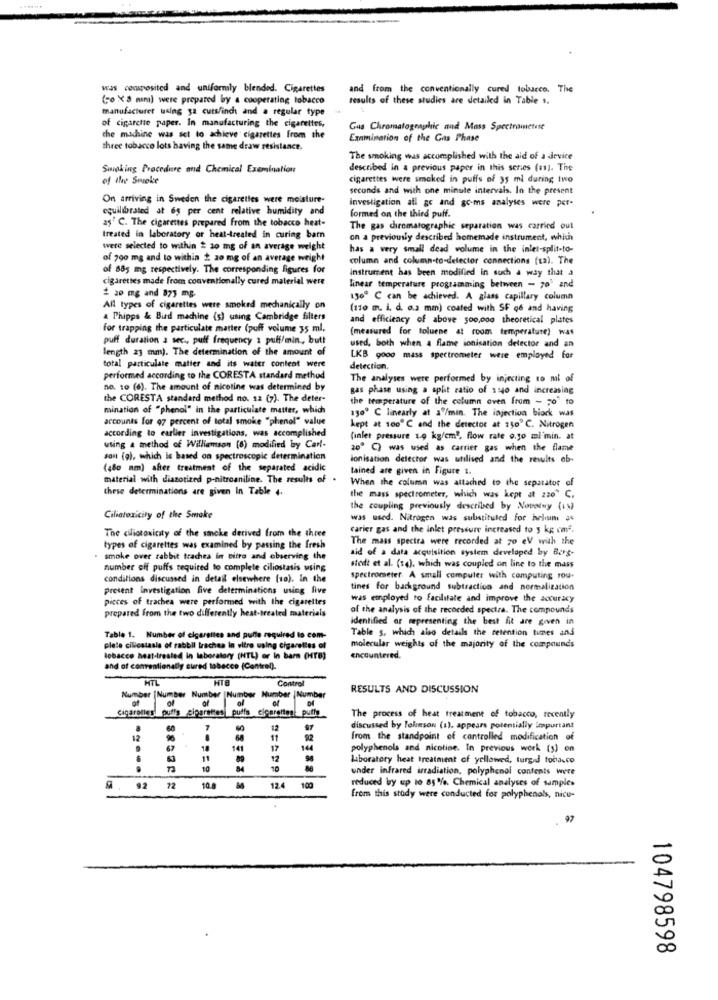
was composited and uniformly blended. Cigarettes
and from the conventionally cured tobacco. The
(0 X8 mm) were prepared by a cooperating tobacco
results of these studies are detailed in Table 1.
manufacturer using ya cutsfinch and a regular type
of cigarette paper. In manufacturing the cigarettes,
Gus Chromatographic and Mass Spectrometett
the machine was set to achieve cigarettes from the
Examination of the Gas Phase
three tobacco lots having the same draw resistance.
The smoking was accomplished with the aid of a device
Sminking Procedure and Chemical Examination
described in a previous paper in this series (81). The
of the Smoke
cigarettes were smoked in puffs of 35 ml during two
seconds and with one minute intervals. In the present
On arriving in Sweden the cigaretles were moisture.
investigation all ge and go-ms analyses were per-
equilibrated at 65 per cent relative humidity and
aş' C. The cigarettes prepared from the tobacco heat-
formed on the third puff.
The gas chromatographic separation was carried out
treated in laboratory or heat-treated in curing barn
on a previously described homemade instrument, which
were selected to within 2 20 mg of an average weight
has a very small dead volume in the inlet-split-to-
of 790 mg and to within 2 20 mg of an average weight
column and column-to-detector connections (ta). The
of 885 mg respectively. The corresponding figures for
instrument has been modified in such a way that a
cigarettes made from conventionally cured material were
linear temperature programming between - 70' and
1 20 mg and 873 mg-
1500 ℃ can be achieved. A glass capillary column
All types of cigarettes were smoked mechanically on
(110 m. i. d. o.2 mm) coated with SF o6 and having
a Phipps & Bird machine (s) using Cambridge filters
and efficiency of above 500,000 theoretical plates
for trapping the particulate matter (puff volume 35 ml,
(measured for toluene at room temperature) was
puff duration a sec ., puff frequency a puff/min, butt
length 23 mm). The determination of the amount of
used, both when a flame ionisation detector and an
LKB 9ooo mass spectrometer were employed for
total particulate matter and its water content were
detection.
performed according to the CORESTA standard method
The analyses were performed by injecting to ml of
no. 10 (6). The amount of nicotine was determined by
gas phase using a split ratio of 1240 and increasing
the CORESTA standard method no. 12 (7). The deter-
the temperature of the column oven from - po' to
mination of "phenol" in the particulate matter, which
1509 ℃ linearly at a /min. The injection block was
accounts for 97 percent of total smoke "phenol" value
according to earlier investigations, was accomplished
kept at 100℃ and the detector at 150 ℃. Nitrogen
(inlet pressure 1.9 kg/cm", flow rate o.jo ml min. at
using a method of Williamson (8) modified by Cart-
20º C) was used as carrier gas when the flame
sont (9), which is based on spectroscopic determination
ionisation delector was utilised and the results ob-
(480 nm) after treatment of the separated acidic
tained are given in Figure 1.
material with diazotized p-nitroaniline. The results of
When the column was attached to the separator of
these determinations are given In Table 4.
the mass spectrometer, which was kept at 220" C.
the coupling previously described by Novoray (os)
Ciliatoxicity of the Smoke
was used. Nitrogen was substituled for helium as
carier gas and the inlet pressure increased to y kg cm.
The ciliotoxicity of the smoke derived from the three
The mass spectra were recorded at 70 eV with the
types of cigarettes was examined by passing the fresh
aid of a data acquisition system developed by Berg-
smoke over rabbit trachea in vitro and observing the
number off puffs required to complete ciliostasis using
stedt et al. (14), which was coupled on line to the mass
conditions discussed in detail elsewhere (10). In the
spectrometer A small computer with computing rou-
present investigation five determinations using five
tines for background subtraction and normalization
picces of trachea were performed with the cigarettes
was employed to facilitate and improve the accuracy
of the analysis of the recorded spectra. The compounds
prepared from the two differently heat-treated materials
identified or mpresenting the best fit are given in
Table s, which also details the retention times and
Table 1. Number of cigarettes and pulte required to com-
molecular weights of the majority of the compounds
plete cilicstaals of rabbil trachea In vitro using cigarettes of
tobacco heat-treated in laboratory (NTL) or In barn (HTB)
encountered.
and of conventionally cured tobacco (Central).
HTL
HTB
Control
RESULTS AND DISCUSSION
Number |Number Number |Number Number |Number
of
of
of
Cigaralles! puffs giparates puffs elcaretten putty
of
The process of heat treatment of tobacco, recently
7
12
discussed by Poleson (1), appears potentially important
12
11
92
from the standpoint of controlled modification of
.
18
141
17
144
polyphenols and nicotine. In previous work (s) on
11
89
12
98
Aboratory heat treatment of yellowed, turgid tobacco
10
84
10
under infrared irradiation, polyphenol contents were
reduced by up 10 85 %. Chemical analyses of samples
92 72
10.0
12.4
100
from this study were conducted for polyphenols, nice-
104798598